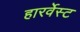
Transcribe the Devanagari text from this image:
हारर्वेस्ट